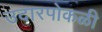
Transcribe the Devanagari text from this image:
उदारपोकळी